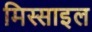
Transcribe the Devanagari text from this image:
मिस्साइल